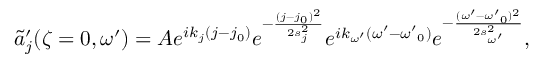
\tilde { a } _ { j } ^ { \prime } ( \zeta = 0 , \omega ^ { \prime } ) = A e ^ { i k _ { j } ( j - j _ { 0 } ) } e ^ { - \frac { ( j - j _ { 0 } ) ^ { 2 } } { 2 s _ { j } ^ { 2 } } } e ^ { i k _ { \omega ^ { \prime } } ( { \omega ^ { \prime } } - { \omega ^ { \prime } } _ { 0 } ) } e ^ { - \frac { ( { \omega ^ { \prime } } - { \omega ^ { \prime } } _ { 0 } ) ^ { 2 } } { 2 s _ { \omega ^ { \prime } } ^ { 2 } } } ,